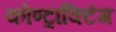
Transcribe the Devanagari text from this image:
कोण्ट्राक्टिंग